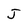
Character: J